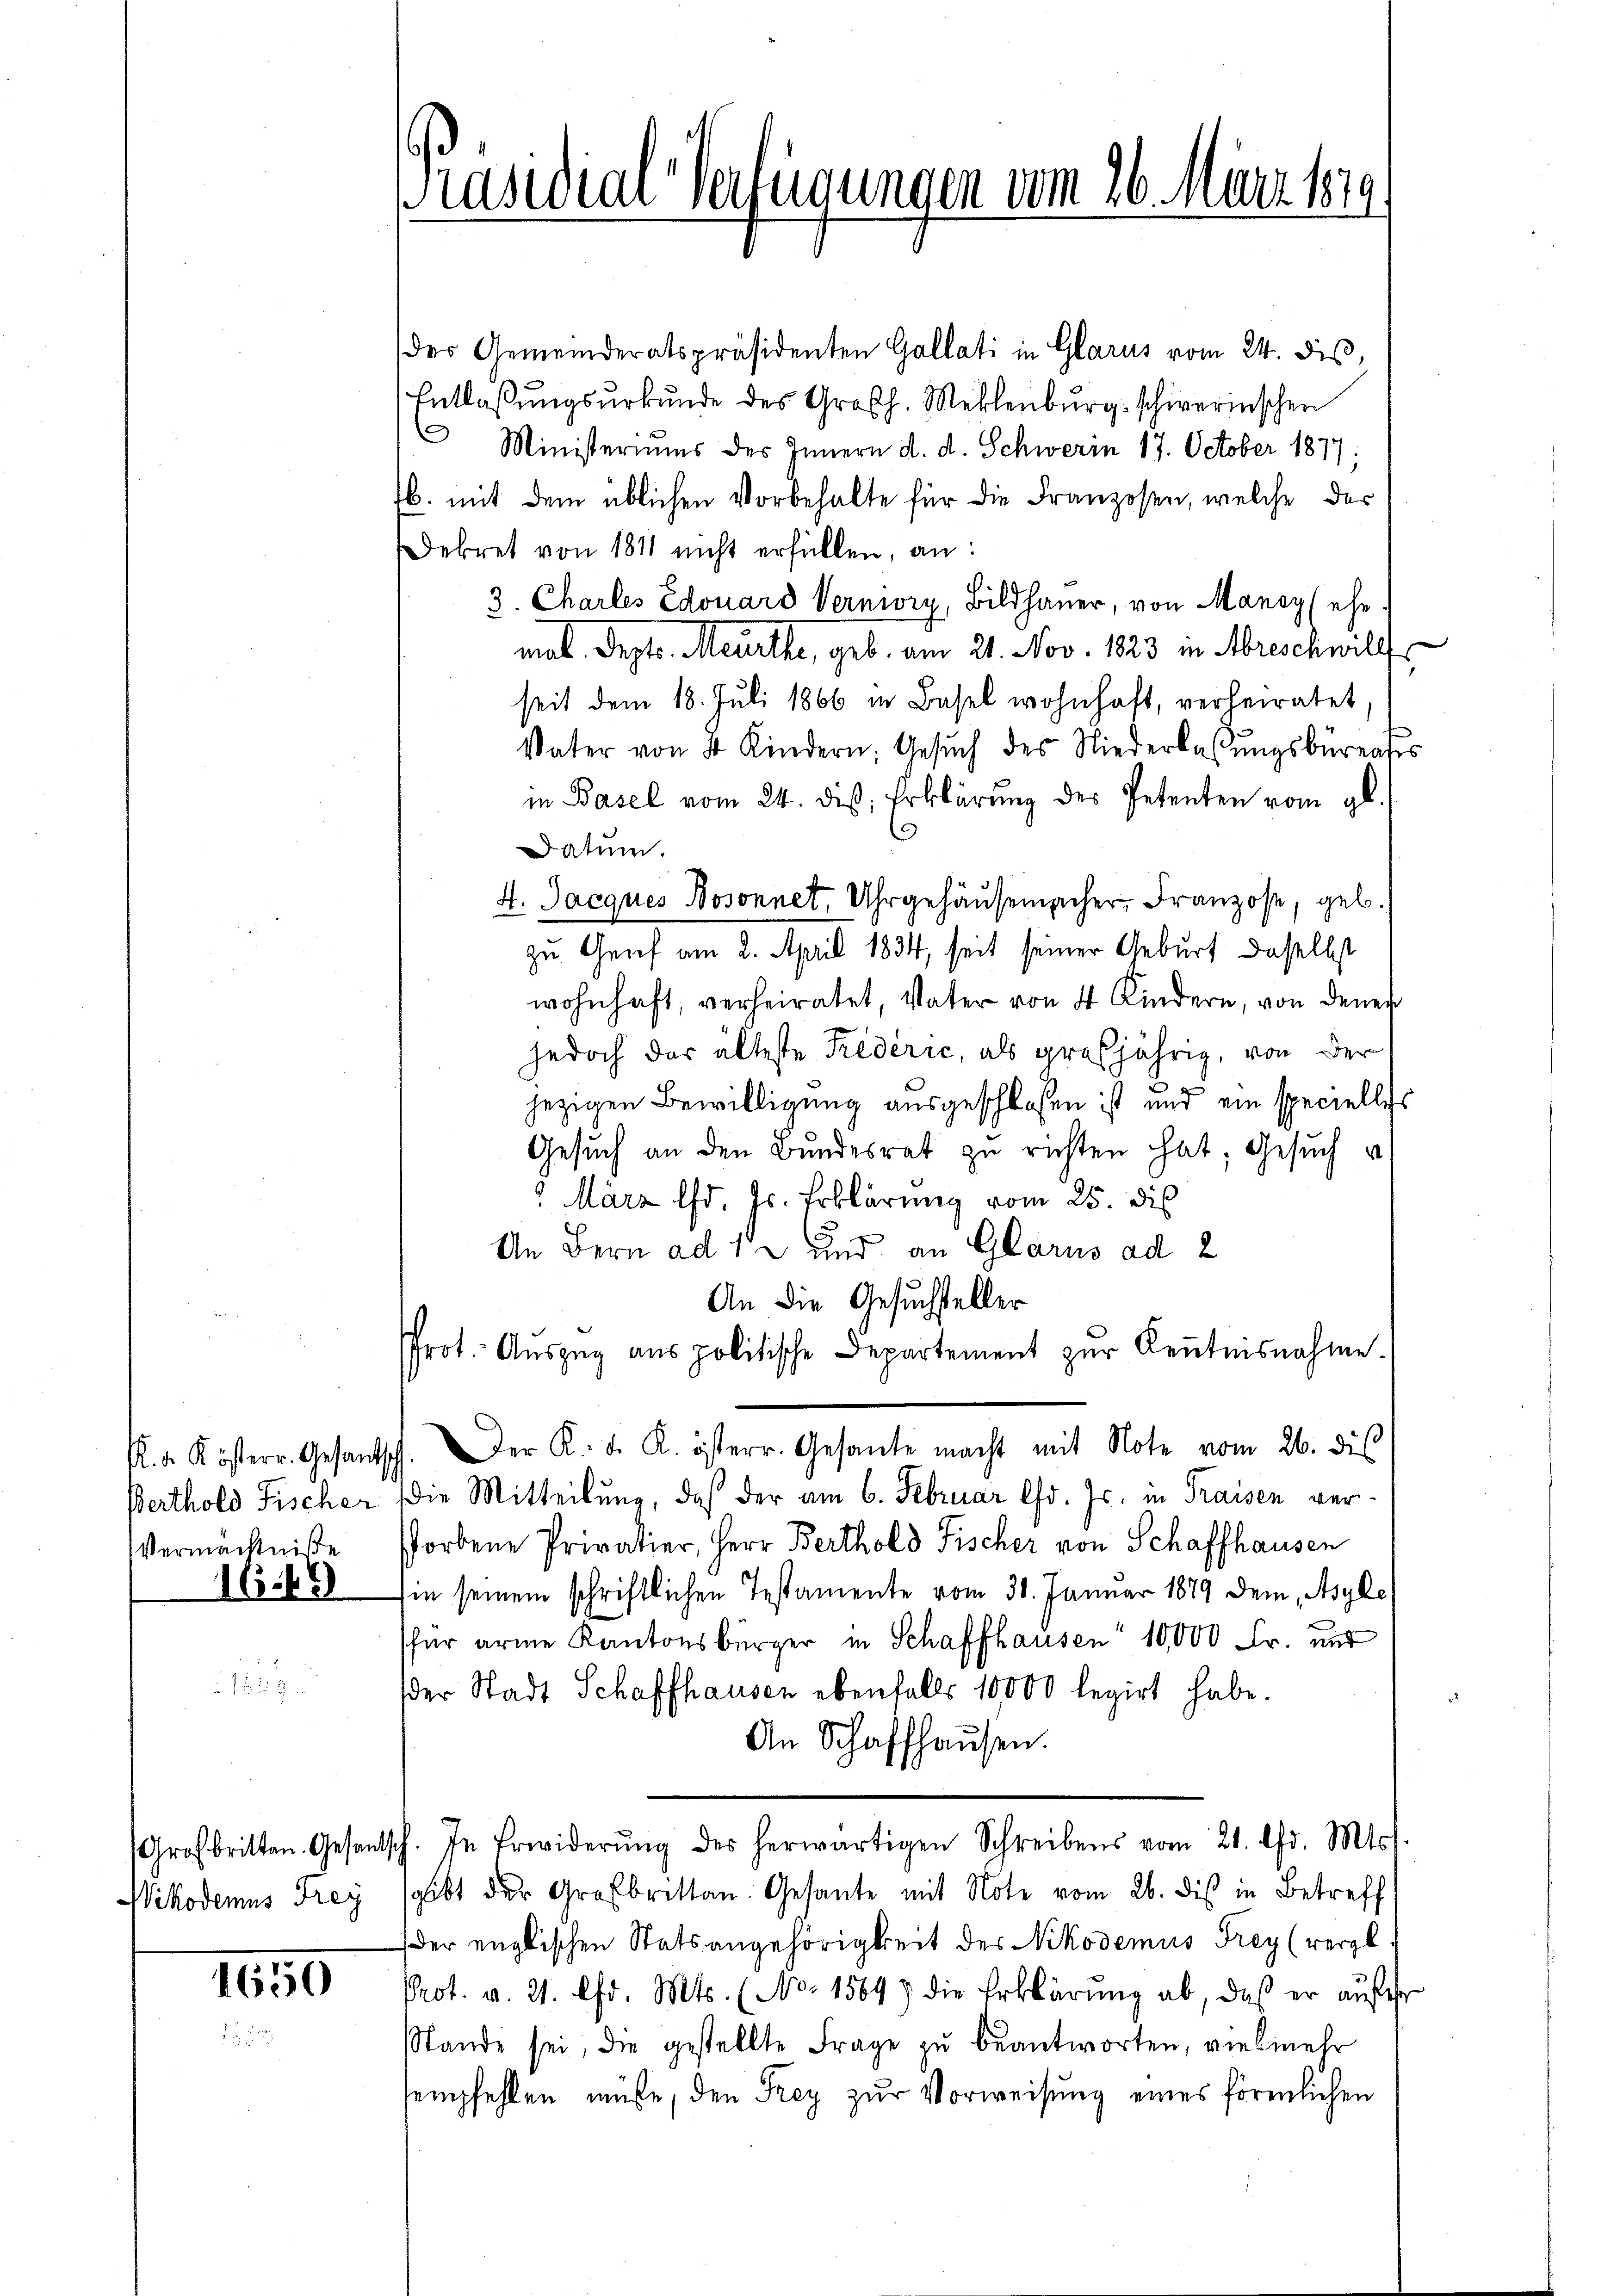
Vermächtniße

1649

Großbritten. Gesandt
Wikodemus Frey

1650

Präsidial-Verfügungen vom 26. Muri hie

des Gemeinderatspräsidenten Gallati in Glarus vom 24. dis,
Entlassungsurkunde des Großh. Meklenburg schwerinschen
 Ministeriums des Innern d. d. Schwerin 17. October 1877
b. mit dem üblichen Vorbehalte für die Franzosen, welche des
Dekret von 1811 nicht erfüllen, an:
3. Charles Edouard Vernivry, Bildhauer, von Mansy (ehe
mal. Sept. Meurthe, geb. am 21. Nov. 1823 in Abreschwill
seit dem 18. Juli 1866 in Basel wohnhaft, verheiratet.
t
Vater von 4 Kindern: Gesŭch des Niederlassŭngsbüreases
in Basel vom 24. die Erklärung des Petenten vom gl.
.
Datum.
4. Jacques Bosonnet, Uhrgehäusemacher, Franzose, geb.
zu Genf am 2. April 1834, seit seiner Geburt daselbst
wohnhaft, verheiratet, Vater von 4 Kindern, von denen
jedoch das älteste Federic, als großjährig, von der
jezigen Bewilligung ausgeschlossen ist und ein specielles
Gesuch an den Bundesrat zu richten hat; Gesuch u
2. März d. Js. Erklärung vom 25. dis
An Bern ad 12 und an Glarus ad 2
An die Gesuchsteller
Prot. Aŭszŭg aŭs politische Departement zŭr Keṅtnisnahme.
R. a Kösterr. Gesantsch. Der K. K. K. österr. Gesante macht mit Note vom 26. dies
Berthold Fischer die Mitteilung, daß der am 6. Februar lfd. Js. in Fraisen verstorbene Privatier, Herr Berthold Fischer von Schaffhausen
in seinem schriftlichen Testamente vom 31. Januar 1879 dem Asyle
für arme Kantonsbürger in Schaffhausen" 10,000 Fr. und
der Stadt Schaffhausen ebenfalls 10000 legirt habe.
An Schaffhausen.
sch. In Erwiderŭng des herwärtigen Schreibens vom 21. Chr. Mts.
sgibt der Großbritten Gesante mit Note vom 26. dis in Betreff
der englischen Statsangehörigkeit des Nikodemus Frey (vergl.
Prot. v. 21. Chr. Mts. (No. 1569) die Erklärŭng ab, daß er außer
Stande sei, die gestellte Frage zŭ beantworten, vielmehr
sempfehlen müsse, den Frey zur Vorweisung eines förmlichen